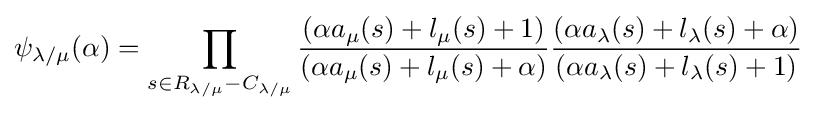
\psi _{\lambda /\mu }(\alpha )=\prod _{s\in R_{\lambda /\mu }-C_{\lambda /\mu }}{\frac {(\alpha a_{\mu }(s)+l_{\mu }(s)+1)}{(\alpha a_{\mu }(s)+l_{\mu }(s)+\alpha )}}{\frac {(\alpha a_{\lambda }(s)+l_{\lambda }(s)+\alpha )}{(\alpha a_{\lambda }(s)+l_{\lambda }(s)+1)}}